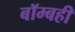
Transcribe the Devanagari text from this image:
बॉम्बही